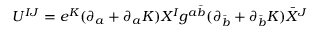
U ^ { I J } = e ^ { K } ( \partial _ { a } + \partial _ { a } K ) X ^ { I } g ^ { a \bar { b } } ( \partial _ { \bar { b } } + \partial _ { \bar { b } } K ) \bar { X } ^ { J }